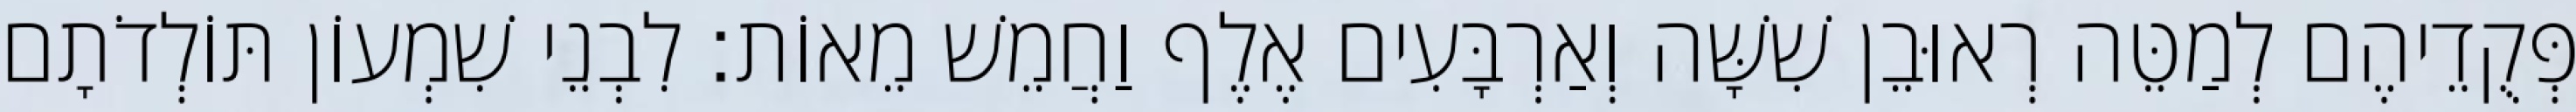
פְּקֻדֵיהֶם לְמַטֵּה רְאוּבֵן שִׁשָּׁה וְאַרְבָּעִים אֶלֶף וַחֲמֵשׁ מֵאוֹת׃ לִבְנֵי שִׁמְעוֹן תּוֹלְדֹתָם